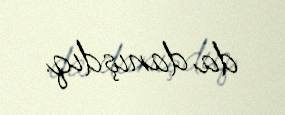
da danışdıq.